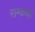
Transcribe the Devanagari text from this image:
राम्कथा